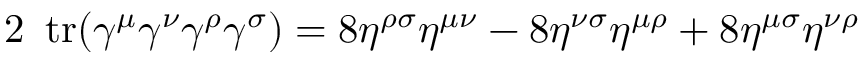
2 \ \operatorname { t r } ( \gamma ^ { \mu } \gamma ^ { \nu } \gamma ^ { \rho } \gamma ^ { \sigma } ) = 8 \eta ^ { \rho \sigma } \eta ^ { \mu \nu } - 8 \eta ^ { \nu \sigma } \eta ^ { \mu \rho } + 8 \eta ^ { \mu \sigma } \eta ^ { \nu \rho }